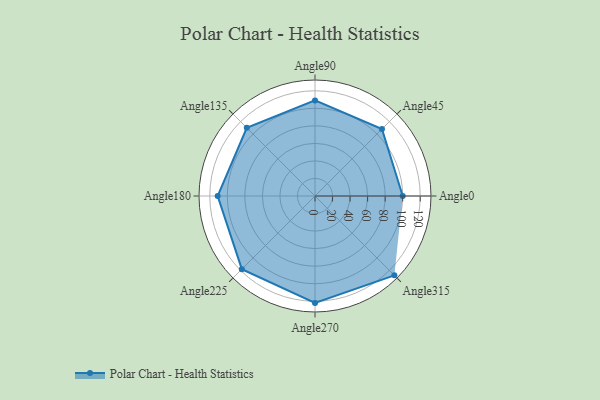
{"axis": {"x": "Angle", "y": "Radius"}, "legend": [""], "data": [{"x": "Angle0", "y": 100.0, "type": ""}, {"x": "Angle45", "y": 108.0, "type": ""}, {"x": "Angle90", "y": 109.0, "type": ""}, {"x": "Angle135", "y": 110.0, "type": ""}, {"x": "Angle180", "y": 111.0, "type": ""}, {"x": "Angle225", "y": 118.0, "type": ""}, {"x": "Angle270", "y": 122.0, "type": ""}, {"x": "Angle315", "y": 128.0, "type": ""}]}